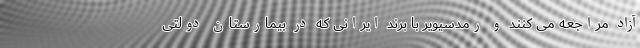
آزاد مراجعه می کنند و رمدسیویر با برند ایرانی که در بیمارستان دولتی